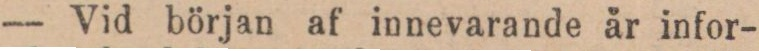
— Vid början af innevarande år infor-